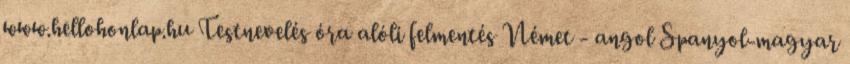
www.hellohonlap.hu Testnevelés óra alóli felmentés Német - angol Spanyol-magyar